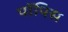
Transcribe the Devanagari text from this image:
पॉपिस